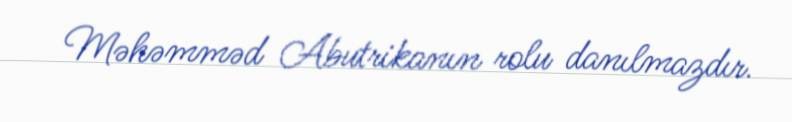
Məhəmməd Abutrikanın rolu danılmazdır.